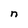
Character: n